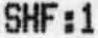
SHF:1